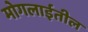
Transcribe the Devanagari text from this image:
मोगलाईतील